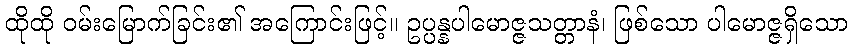
ထိုထို ဝမ်းမြောက်ခြင်း၏ အကြောင်းဖြင့်။ ဥပ္ပန္နပါမောဇ္ဇသတ္တာနံ၊ ဖြစ်သော ပါမောဇ္ဇရှိသော